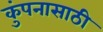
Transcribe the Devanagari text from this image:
कुंपनासाठी